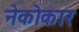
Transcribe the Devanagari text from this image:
नेकोकार